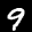
Label: 9